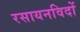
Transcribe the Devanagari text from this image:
रसायनविदों